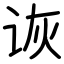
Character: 诙